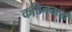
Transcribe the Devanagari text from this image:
कठिनताओं